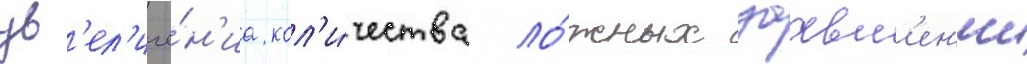
ув'ел'иче́н'иа кол'и́чества ло́жных заавл'ен'ии